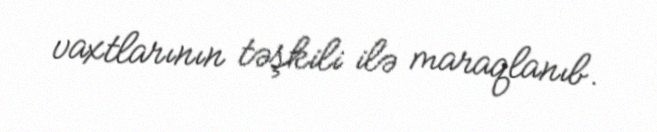
vaxtlarının təşkili ilə maraqlanıb.